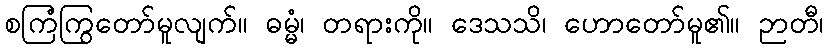
စကြံကြွတော်မူလျက်။ ဓမ္မံ၊ တရားကို။ ဒေသသိ၊ ဟောတော်မူ၏။ ဉာတီ၊